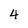
Character: 4